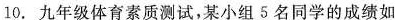
10. 九年级体育素质测试，某小组 5 名同学的成绩如